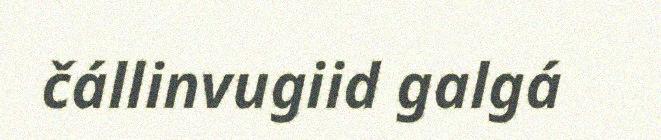
čállinvugiid galgá